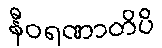
နီဝရဏာတိပိ